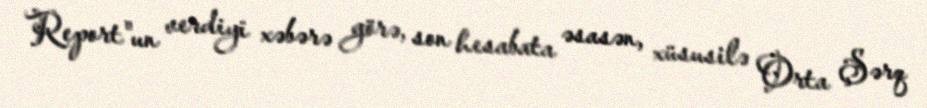
Report"un verdiyi xəbərə görə, son hesabata əsasən, xüsusilə Orta Şərq